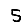
Digit: 5